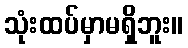
သုံးထပ်မှာမရှိဘူး။